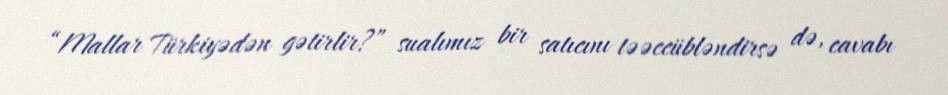
“Mallar Türkiyədən gətirlir?” sualımız bir satıcını təəccübləndirsə də, cavabı